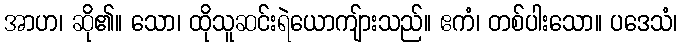
အာဟ၊ ဆို၏။ သော၊ ထိုသူဆင်းရဲယောကျ်ားသည်။ ဧကံ၊ တစ်ပါးသော။ ပဒေသံ၊